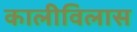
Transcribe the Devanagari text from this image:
कालीविलास